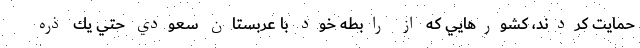
حمايت كردند، كشورهايي كه از رابطه خود با عربستان سعودي حتي يك ذره